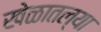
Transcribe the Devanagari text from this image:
खेळातल्या